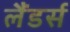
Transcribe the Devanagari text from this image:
लैंडर्स